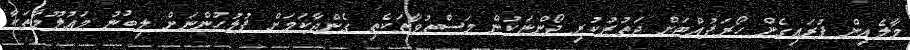
މާލެއިން ފުރައިގެން ހޯރަފުއްޓަށް ދަތުރުކުރި ދޯންޏަކުން މަސްތުވާތަކެތި ގެންދާކަމަށް ފުލުހުންނަށް ލިބުނު މަޢުލޫމާތަކާ